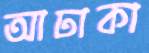
আঢাকা